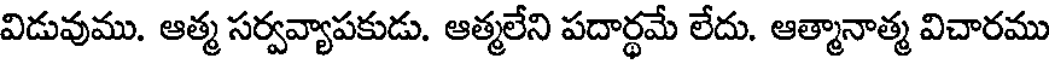
విడువుము. ఆత్మ సర్వవ్యాపకుడు. ఆత్మలేని పదార్థమే లేదు. ఆత్మానాత్మ విచారము